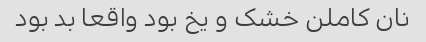
نان کاملن خشک و یخ بود واقعا بد بود